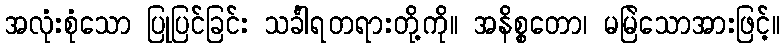
အလုံးစုံသော ပြုပြင်ခြင်း သင်္ခါရတရားတို့ကို။ အနိစ္စတော၊ မမြဲသောအားဖြင့်။